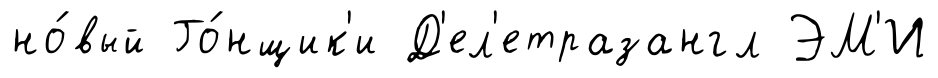
но́вый Го́нщик'и Д'ел'етразангл ЭМ'И